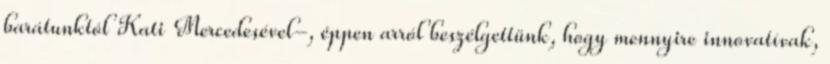
barátunktól Kati Mercedesével-, éppen arról beszélgettünk, hogy mennyire innovatívak,